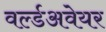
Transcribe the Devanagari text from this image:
वर्ल्डअवेयर